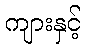
ကျားနှင့်